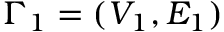
\Gamma _ { 1 } = ( V _ { 1 } , E _ { 1 } )